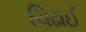
ચિઢાઈ